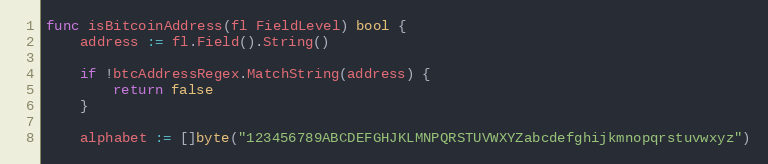
Language: Go
func isBitcoinAddress(fl FieldLevel) bool {
	address := fl.Field().String()

	if !btcAddressRegex.MatchString(address) {
		return false
	}

	alphabet := []byte("123456789ABCDEFGHJKLMNPQRSTUVWXYZabcdefghijkmnopqrstuvwxyz")